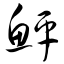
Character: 鲆